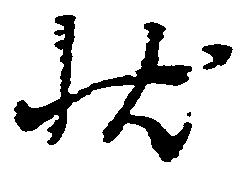
状